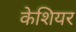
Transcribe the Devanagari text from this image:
केशियर